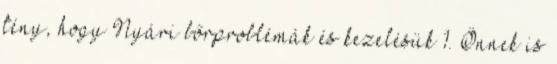
tény, hogy Nyári bőrproblémák és kezelésük 1. Önnek is